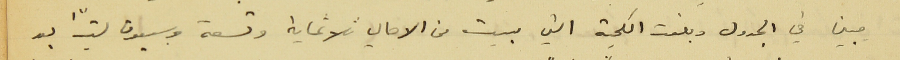
ميين في الجدول وبلغت الكمية التي بيعت من الاهالي ثلاثماية وتسعة وسبعون ليترًا بعد